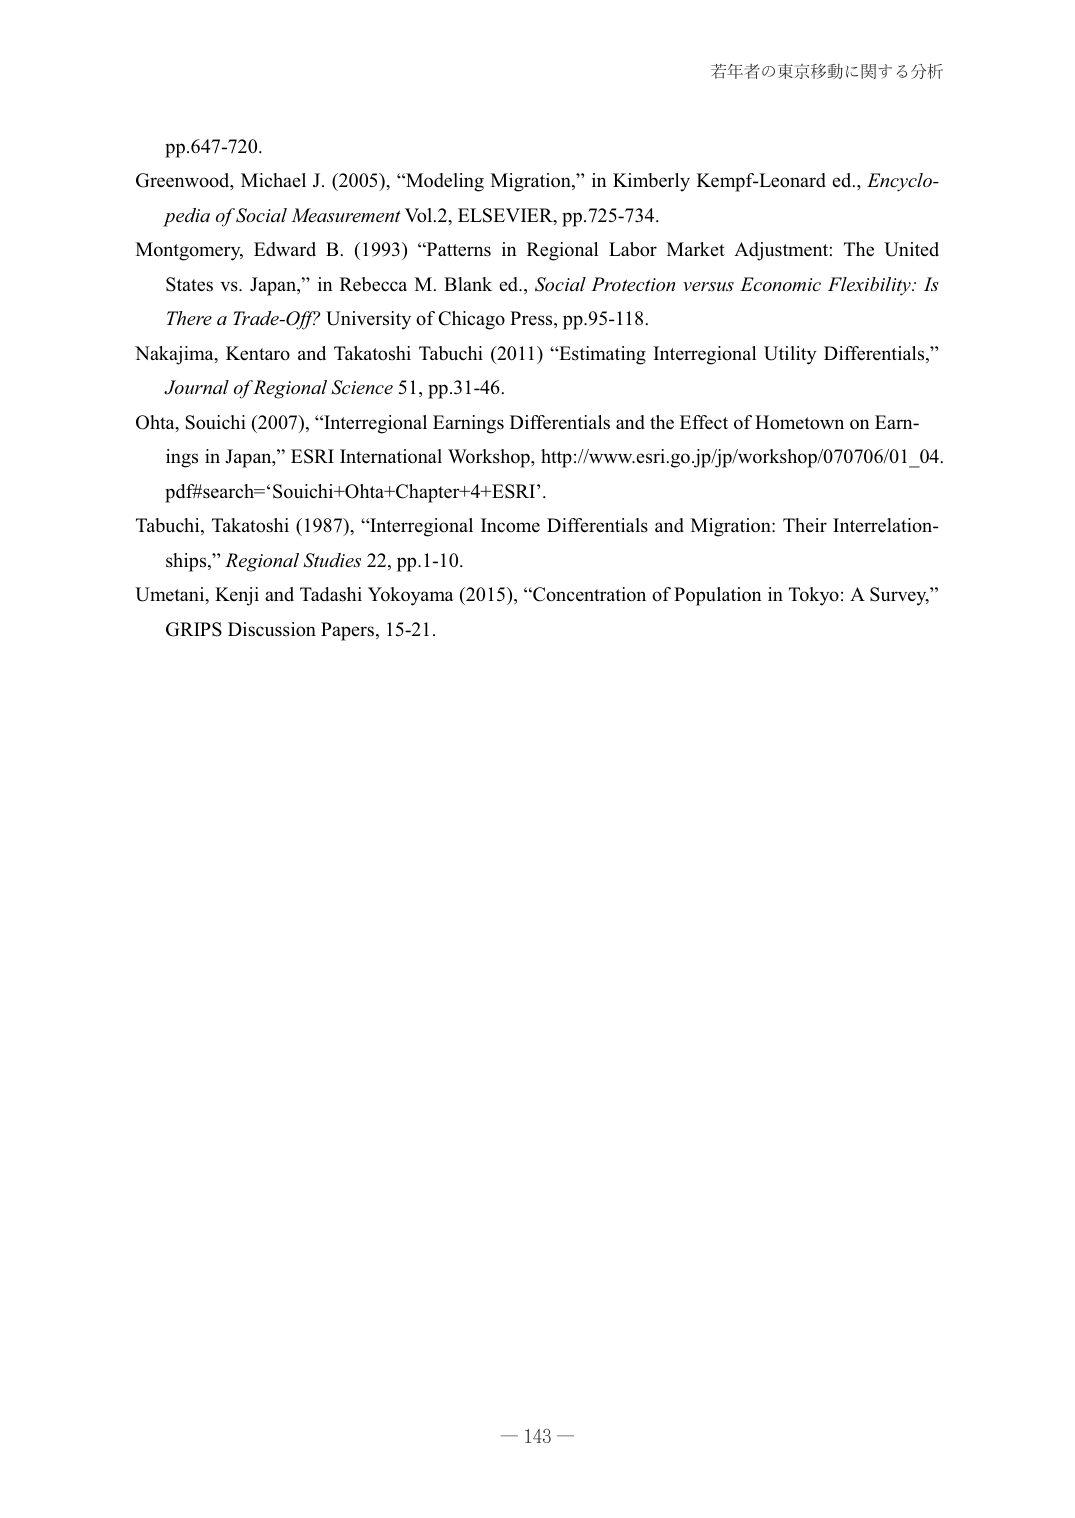
若年者の東京移動に関する分析

pp.647-720.
Greenwood, Michael J. (2005), “Modeling Migration,” in Kimberly Kempf-Leonard ed., Encyclopedia of Social Measurement Vol.2, ELSEVIER, pp.725-734.
Montgomery, Edward B. (1993) “Patterns in Regional Labor Market Adjustment: The United States vs. Japan,” in Rebecca M. Blank ed., Social Protection versus Economic Flexibility: Is There a Trade-Off? University of Chicago Press, pp.95-118.
Nakajima, Kentaro and Takatoshi Tabuchi (2011) “Estimating Interregional Utility Differentials,” Journal of Regional Science 51, pp.31-46.
Ohta, Souichi (2007), “Interregional Earnings Differentials and the Effect of Hometown on Earnings in Japan,” ESRI International Workshop, http://www.esri.go.jp/jp/workshop/070706/01_04.pdf#search='Souichi+Ohta+Chapter+4+ESRI'.
Tabuchi, Takatoshi (1987), “Interregional Income Differentials and Migration: Their Interrelationships,” Regional Studies 22, pp.1-10.
Umetani, Kenji and Tadashi Yokoyama (2015), “Concentration of Population in Tokyo: A Survey,” GRIPS Discussion Papers, 15-21.

— 143 —